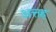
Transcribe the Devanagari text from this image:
अत्तह